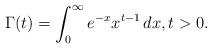
LaTeX: \begin{align*}\Gamma(t)=\int_0^\infty e^{-x}x^{t-1}\,dx, t>0.\end{align*}